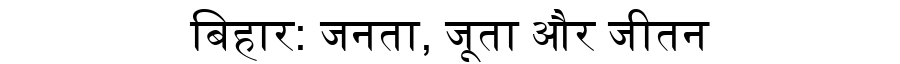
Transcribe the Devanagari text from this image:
बिहार: जनता, जूता और जीतन